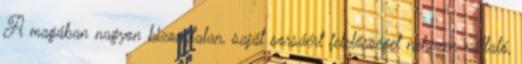
A magában nagyon bizonytalan, saját sorsáért felelősséget nehezen vállaló,